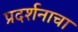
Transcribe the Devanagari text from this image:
प्रदर्शनाचा